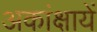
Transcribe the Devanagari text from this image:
अकांक्षायें